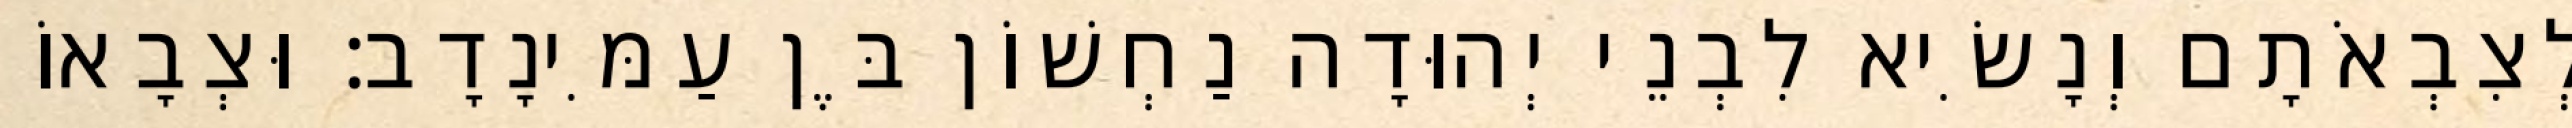
לְצִבְאֹתָם וְנָשִׂיא לִבְנֵי יְהוּדָה נַחְשׁוֹן בֶּן עַמִּינָדָב׃ וּצְבָאוֹ